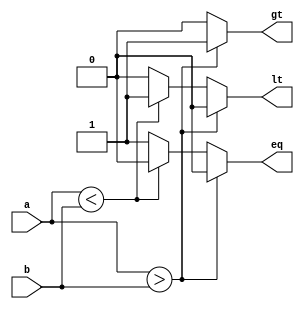
module magcomp(a,b,lt,gt,eq);
	input [1:0]a;
	input [1:0]b;
	output reg lt,gt,eq;

	always @(a,b)
	begin
		if(a>b) begin
			 gt=1'b1;
			 lt=1'b0;
			 eq=1'b0; 
		end
			
		else if (a<b) begin
			 gt=1'b0;
			 lt=1'b1;
			 eq=1'b0;	
		end

		else begin
			 gt=1'b0;
			 lt=1'b0;
			 eq=1'b1;
		end
	end	
endmodule